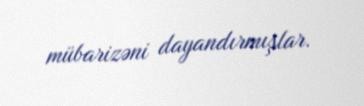
mübarizəni dayandırmışlar.